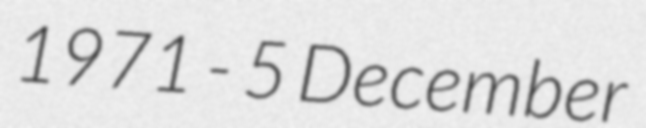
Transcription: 1971 - 5 December